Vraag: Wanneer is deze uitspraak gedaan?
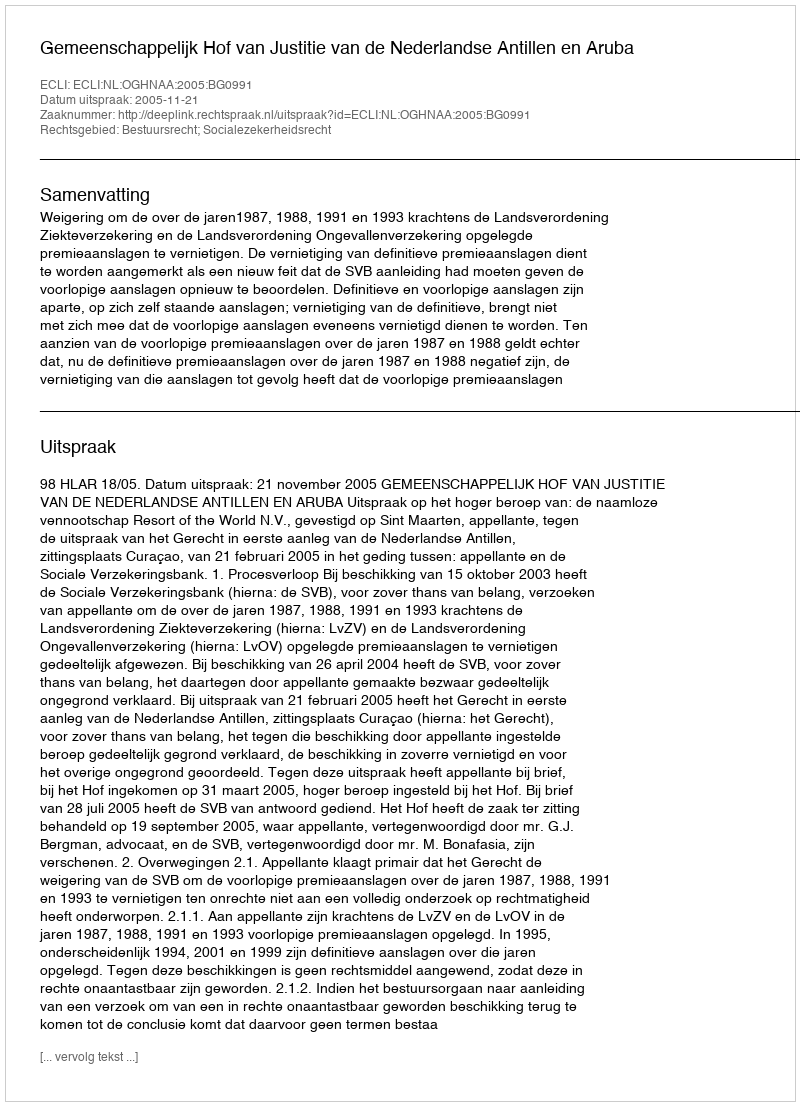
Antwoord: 2005-11-21